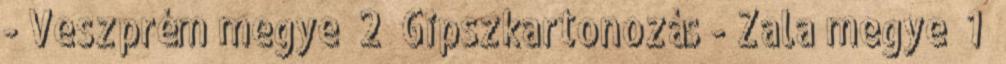
- Veszprém megye 2 Gipszkartonozás - Zala megye 1